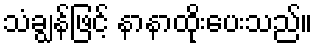
သံချွန်ဖြင့် နာနာထိုးပေးသည်။